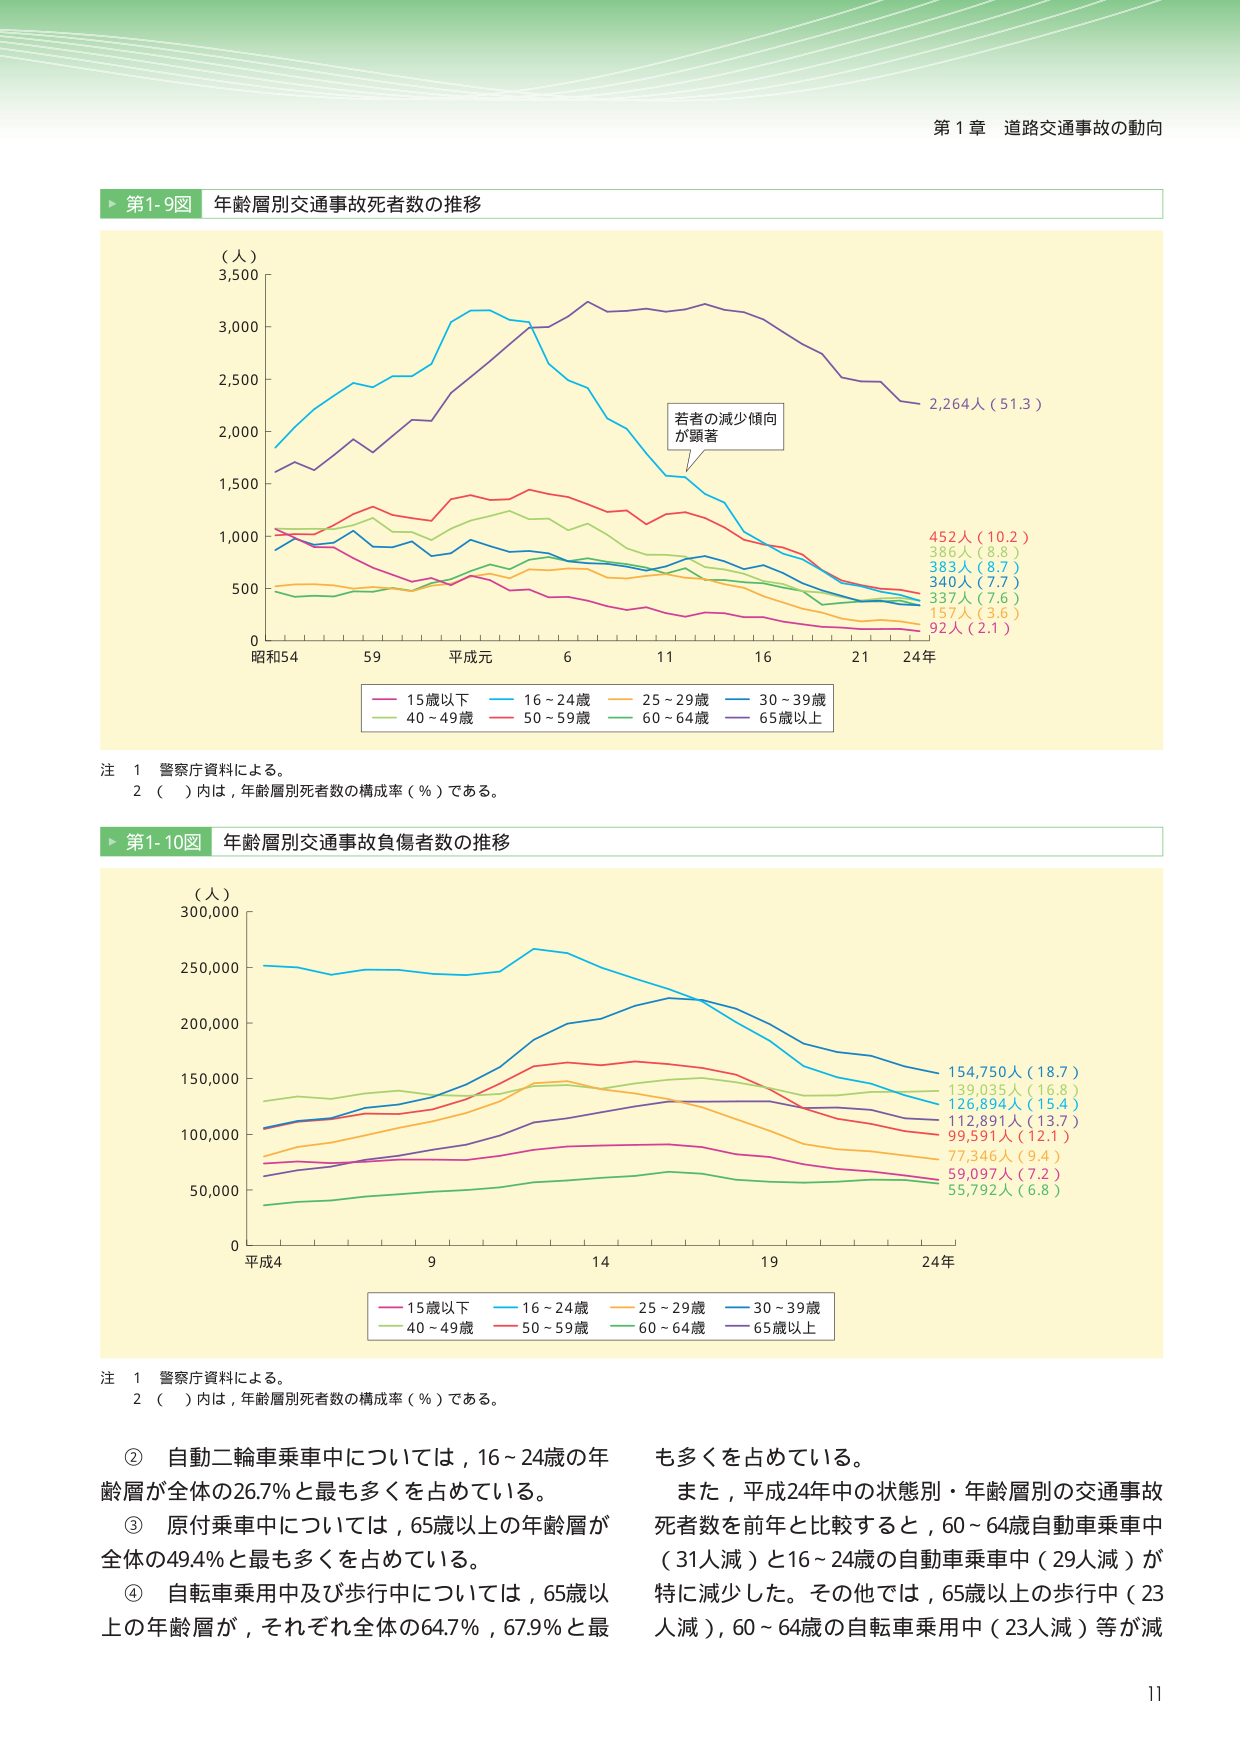
第１章 道路交通事故の動向

▶ 第1-9図 年齢層別交通事故死者数の推移

（人）
3,500
3,000
2,500
2,000
1,500
1,000
500
0

昭和54 59 平成元 6 11 16 21 24年

若者の減少傾向
が顕著

2,264人（51.3）
452人（10.2）
386人（8.8）
383人（8.7）
340人（7.7）
337人（7.6）
157人（3.6）
92人（2.1）

15歳以下
16～24歳
25～29歳
30～39歳
40～49歳
50～59歳
60～64歳
65歳以上

注 1 警察庁資料による。
2 （ ）内は，年齢層別死者数の構成率（％）である。

▶ 第1-10図 年齢層別交通事故負傷者数の推移

（人）
300,000
250,000
200,000
150,000
100,000
50,000
0

平成4 9 14 19 24年

154,750人（18.7）
139,035人（16.8）
126,894人（15.4）
112,891人（13.7）
99,591人（12.1）
77,346人（9.4）
59,097人（7.2）
55,792人（6.8）

15歳以下
16～24歳
25～29歳
30～39歳
40～49歳
50～59歳
60～64歳
65歳以上

注 1 警察庁資料による。
2 （ ）内は，年齢層別死者数の構成率（％）である。

② 自動二輪車乗車中については，16～24歳の年
齢層が全体の26.7％と最も多くを占めている。
③ 原付乗車中については，65歳以上の年齢層が
全体の49.4％と最も多くを占めている。
④ 自転車乗用中及び歩行中については，65歳以
上の年齢層が，それぞれ全体の64.7％，67.9％と最
も多くを占めている。
また，平成24年中の状態別・年齢層別の交通事故
死者数を前年と比較すると，60～64歳自動車乗車中
（31人減）と16～24歳の自動車乗車中（29人減）が
特に減少した。その他では，65歳以上の歩行中（23
人減），60～64歳の自転車乗用中（23人減）等が減

11